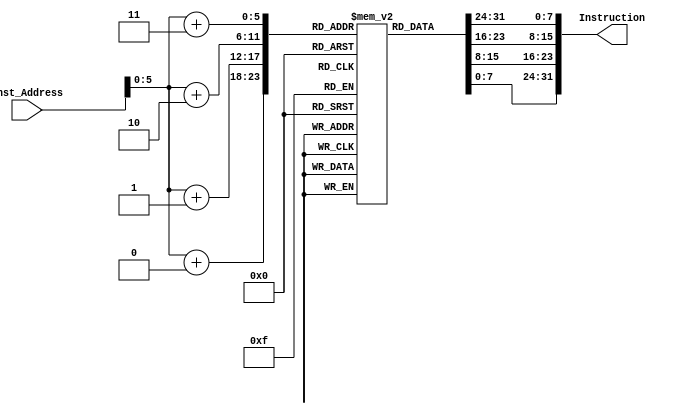
`timescale 1ns / 1ps
//////////////////////////////////////////////////////////////////////////////////
// Company: 
// Engineer: 
// 
// Design Name: 
// Module Name: Instruction_Memory
// Project Name: 
// Target Devices: 
// Tool Versions: 
// Description: 
// 
// Dependencies: 
// 
// Revision:
// Revision 0.01 - File Created
// Additional Comments:
// 
//////////////////////////////////////////////////////////////////////////////////


//module Instruction_Memory(Inst_Address, Instruction);
  
//  input [63:0] Inst_Address;
//  output [31:0] Instruction;
  
//  reg[7:0]Array[63:0];
  
//  initial 
//    begin
//        Array[0] = 8'b00010011;
//        Array[1] = 8'b00000110;
//        Array[2] = 8'b00010000;
//        Array[3] = 8'b00000000; //addi x12, x0, 1 //1
////        Array[4] = 8'b01100011;
////        Array[5] = 8'b00001000;
////        Array[6] = 8'b00110110;
////        Array[7] = 8'b00000100; //beq x12, x3, exit //2   
/////////////////////////////////////////////////////////////////////////////////////////////////
//        Array[4] = 8'b00010011;
//        Array[5] = 8'b00000110;
//        Array[6] = 8'bb00010000;
//        Array[7] = 8'b0000000000000000; //addi x12, x0, 1 //1
/////////////////////////////////////////////////////////////////////////////////////////////////
 
//        Array[8] = 8'b10110011;
//        Array[9] = 8'b00000110;
//        Array[10] = 8'b11000000;
//        Array[11] = 8'b00000000; //add x13, x0, x12 //4
//        Array[12] = 8'b00010011;
//        Array[13] = 8'b10010111;
//        Array[14] = 8'b00110110;
//        Array[15] = 8'b00000000; //slli x14, x13, 3*  (not sure if this will be needed) //5
//        Array[16] = 8'b00110011; 
//        Array[17] = 8'b00000111;
//        Array[18] = 8'b01000111;
//        Array[19] = 8'b00000000; //add x14, x14, x4 //6 
//        Array[20] = 8'b10000011;
//        Array[21] = 8'b00110111;
//        Array[22] = 8'b00000111;
//        Array[23] = 8'b00000000; //ld* x15, 0(x14) //7
////        Array[24] = 8'b01100011;
////        Array[25] = 8'b10001010;
////        Array[26] = 8'b00000110;
////        Array[27] = 8'b00000010; //beq x13, x0, end_loop2 //8
///////////////////////////////////////////////////////////////////////////////////////////////////////////
//        Array[24] = 8'b00110011;
//        Array[25] = 8'b00000111;
//        Array[26] = 8'b01000111;
//        Array[27] = 8'b00000000; //add x14, x14, x4 //6 
///////////////////////////////////////////////////////////////////////////////////////////////////////////
//        Array[28] = 8'b00010011;
//        Array[29] = 8'b10001000;
//        Array[30] = 8'b11110110;
//        Array[31] = 8'b11111111; //addi x16, x13, -1 # (x16 = j - 1) //9
//        Array[32] = 8'b10010011;
//        Array[33] = 8'b00011000;
//        Array[34] = 8'b00101000;
//        Array[35] = 8'b00000000; //slli x17, x16, 3* (not sure if this will be needed) //10    
//        Array[36] = 8'b10110011;
//        Array[37] = 8'b10001000;
//        Array[38] = 8'b01001000;
//        Array[39] = 8'b00000000; //add x17, x17, x4  # add array base address //11
        
//        Array[40] = 8'b00000011;
//        Array[41] = 8'b10111001;
//        Array[42] = 8'b00001000;
//        Array[43] = 8'b00000000; //ld* x18, 0(x17)  # load A[j-1] //12
                
////        Array[44] = 8'b01100011;
////        Array[45] = 8'b01000000;
////        Array[46] = 8'b11111001;
////        Array[47] = 8'b00000010; //blt x18, x15, end_loop2  # if A[j-1] <= A[j], exit loop2 //13

/////////////////////////////////////////////////////////////////////////////////////////////////////////
//        Array[44] = 8'b00110011;
//        Array[45] = 8'b00000111;
//        Array[46] = 8'b01000111;
//        Array[47] = 8'b00000000; //add x14, x14, x4 //6 
/////////////////////////////////////////////////////////////////////////////////////////////////////////
//        Array[48] = 8'b00100011;
//        Array[49] = 8'b00110000;
//        Array[50] = 8'b00100111;
//        Array[51] = 8'b00000001; //sd* x18, 0(x14)  # store A[j-1] at A[j] //14
//        Array[52] = 8'b00100011;
//        Array[53] = 8'b10110000;
//        Array[54] = 8'b11111000;
//        Array[55] = 8'b00000000; //sd* x15, 0(x17)  # store A[j] at A[j-1] //15
//        Array[56] = 8'b10010011;
//        Array[57] = 8'b10000110;
//        Array[58] = 8'b11110110;
//        Array[59] = 8'b11111111; //addi x13, x13, -1  # j = j - 1 //16
//        Array[60] = 8'b00010011;
//        Array[61] = 8'b10010111;
//        Array[62] = 8'b00110110;
//        Array[63] = 8'b00000000; //slli x14, x13, 3*  # multiply by 4 to get offset //17
//    end
 
 
//  assign Instruction[7:0] = Array[Inst_Address + 0];
//  assign Instruction[15:8] = Array[Inst_Address + 1];
//  assign Instruction[23:16] = Array[Inst_Address + 2];
//  assign Instruction[31:24] = Array[Inst_Address + 3];
  
//endmodule



/////////////////////////////////////////////////////////////////////////////////////////////////////////////////



module Instruction_Memory(Inst_Address, Instruction);
  
  input [63:0] Inst_Address;
  output [31:0] Instruction;
  
  reg[7:0]Array[63:0];
  
  initial 
    begin   
        Array[0]  = 8'b00010011;
        Array[1]  = 8'b00000000;
        Array[2]  = 8'b00010000;
        Array[3]  = 8'b00000000; 
        Array[4]  = 8'b00010011;
        Array[5]  = 8'b00000000;
        Array[6]  = 8'b00010000;
        Array[7]  = 8'b00000000;   
        Array[8]  = 8'b00010011;
        Array[9]  = 8'b00000000;
        Array[10] = 8'b00010000;
        Array[11] = 8'b00000000; 
        Array[12] = 8'b00010011;
        Array[13] = 8'b00000000;
        Array[14] = 8'b00010000;
        Array[15] = 8'b00000000; 
        Array[16] = 8'b00010011; 
        Array[17] = 8'b00000000;
        Array[18] = 8'b00010000;
        Array[19] = 8'b00000000; 
        Array[20] = 8'b00010011;
        Array[21] = 8'b00000000;
        Array[22] = 8'b00010000;
        Array[23] = 8'b00000000; 
        Array[24] = 8'b00010011;
        Array[25] = 8'b00000000;
        Array[26] = 8'b00010000;
        Array[27] = 8'b00000000; 
        Array[28] = 8'b00010011;
        Array[29] = 8'b00000000;
        Array[30] = 8'b00010000;
        Array[31] = 8'b00000000; 
        Array[32] = 8'b00010011;
        Array[33] = 8'b00000000;
        Array[34] = 8'b00010000;
        Array[35] = 8'b00000000; 
        Array[36] = 8'b00010011;
        Array[37] = 8'b00000000;
        Array[38] = 8'b00010000;
        Array[39] = 8'b00000000; 
        Array[40] = 8'b00010011;
        Array[41] = 8'b00000000;
        Array[42] = 8'b00010000;
        Array[43] = 8'b00000000; 
        Array[44] = 8'b00010011;
        Array[45] = 8'b00000000;
        Array[46] = 8'b00010000;
        Array[47] = 8'b00000000; 
        Array[48] = 8'b00010011;
        Array[49] = 8'b00000000;
        Array[50] = 8'b00010000;
        Array[51] = 8'b00000000; 
        Array[52] = 8'b00010011;
        Array[53] = 8'b00000000;
        Array[54] = 8'b00010000;
        Array[55] = 8'b00000000; 
        Array[56] = 8'b00010011;
        Array[57] = 8'b00000000;
        Array[58] = 8'b00010000;
        Array[59] = 8'b00000000; 
        Array[60] = 8'b00010011;
        Array[61] = 8'b00000000;
        Array[62] = 8'b00010000;
        Array[63] = 8'b00000000; 
    end
  
  assign Instruction[7:0] = Array[Inst_Address + 0];
  assign Instruction[15:8] = Array[Inst_Address + 1];
  assign Instruction[23:16] = Array[Inst_Address + 2];
  assign Instruction[31:24] = Array[Inst_Address + 3];
  
endmodule

////////////////////////////////////////////////////////////////////////////